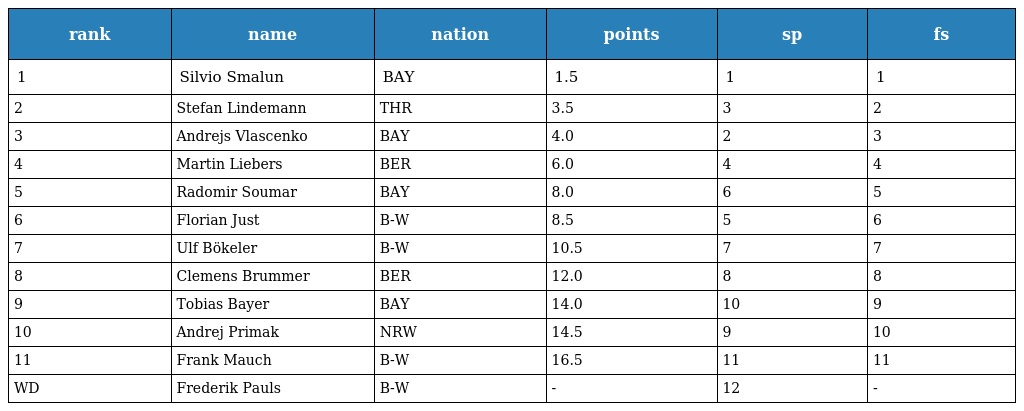
| rank | name | nation | points | sp | fs |
 | --- | --- | --- | --- | --- | --- |
 | 1 | Silvio Smalun | BAY | 1.5 | 1 | 1 |
 | 2 | Stefan Lindemann | THR | 3.5 | 3 | 2 |
 | 3 | Andrejs Vlascenko | BAY | 4.0 | 2 | 3 |
 | 4 | Martin Liebers | BER | 6.0 | 4 | 4 |
 | 5 | Radomir Soumar | BAY | 8.0 | 6 | 5 |
 | 6 | Florian Just | B-W | 8.5 | 5 | 6 |
 | 7 | Ulf Bökeler | B-W | 10.5 | 7 | 7 |
 | 8 | Clemens Brummer | BER | 12.0 | 8 | 8 |
 | 9 | Tobias Bayer | BAY | 14.0 | 10 | 9 |
 | 10 | Andrej Primak | NRW | 14.5 | 9 | 10 |
 | 11 | Frank Mauch | B-W | 16.5 | 11 | 11 |
 | WD | Frederik Pauls | B-W | - | 12 | - |